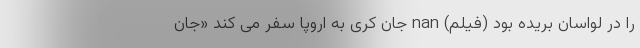
را در لواسان بُریده بود (فیلم) nan جان کری به اروپا سفر می‌ کند «جان